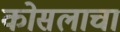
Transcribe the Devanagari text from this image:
कोसलाचा